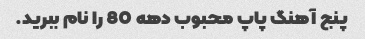
پنج آهنگ پاپ محبوب دهه 80 را نام ببرید.